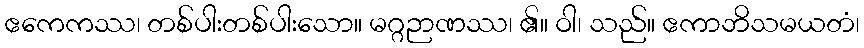
ဧကေကဿ၊ တစ်ပါးတစ်ပါးသော။ မဂ္ဂဉာဏဿ၊ ၏။ ဝါ၊ သည်။ ဧကာဘိသမယတံ၊